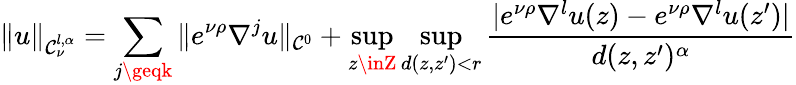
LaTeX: \| u\| _{\mathcal{C}_{\nu}^{l,\alpha}}=\sum_{j\geqk}\| e^{\nu\rho}\nabla^{j}u\| _{\mathcal{C}^{0}}+\operatorname*{sup}_{z\inZ}\operatorname*{sup}_{d(z,z^{\prime})<r}\frac{{|e^{\nu\rho}\nabla^{l}u(z)-e^{\nu\rho}\nabla^{l}u(z^{\prime})|}}{{d(z,z^{\prime})^{\alpha}}}